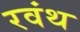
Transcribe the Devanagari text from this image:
रवंथ